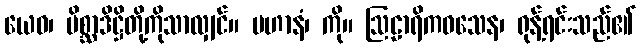
ယေဝ၊ မိစ္ဆာဒိဋ္ဌိတို့ကိုသာလျှင်။ ပဟာနံ၊ ကို။ ဩဠာရိကဝသေန၊ ရုန့်ရင်းသည်၏